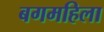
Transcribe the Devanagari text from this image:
बगमहिला